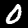
Digit: 0